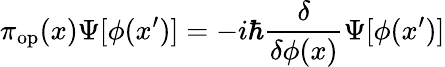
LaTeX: \pi_{\mathrm{op}}(x)\Psi[\phi(x^{\prime})]=-i\hbar\frac{\delta}{\delta\phi(x)}\Psi[\phi(x^{\prime})]